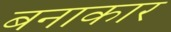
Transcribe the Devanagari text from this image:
बनाकार